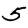
Digit: 5